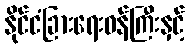
နိုင်ငံခြားရေးဝန်ကြီးနှင့်